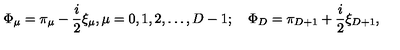
\Phi _ { \mu } = \pi _ { \mu } - \frac { i } { 2 } \xi _ { \mu } , \mu = 0 , 1 , 2 , \ldots , D - 1 ; \quad \Phi _ { D } = \pi _ { D + 1 } + \frac { i } { 2 } \xi _ { D + 1 } , \nonumber \,